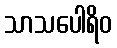
သာသပေါရိဝ